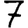
Digit: 7